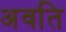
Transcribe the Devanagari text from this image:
अवति